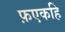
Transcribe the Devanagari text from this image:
फ़एकहि